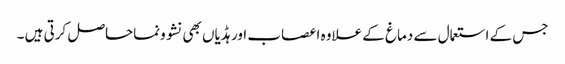
جس کے استعمال سے دماغ کے علاوہ اعصاب اور ہڈیاں بھی نشوونماحاصل کرتی ہیں ۔